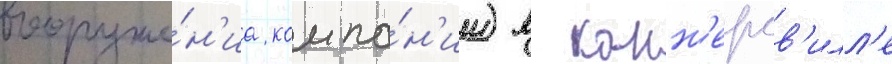
вооруже́н'иа компа́н'ии) в конн'ерсв'илл'е